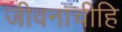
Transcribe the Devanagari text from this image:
जीवनाचीहि